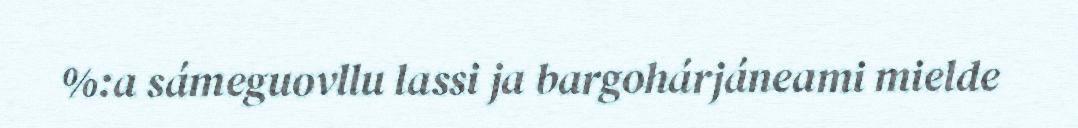
%:a sámeguovllu lassi ja bargohárjáneami mielde